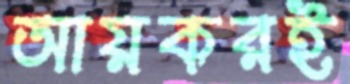
আয়করই